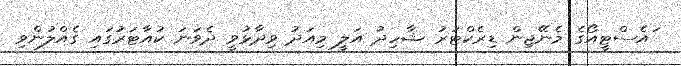
ައެސްޓީއޯގެ މެނޭޖިން ޑިރެކްޓަރު ޝާހިދު އަލީ މިއަދު ވިދާޅުވީ ދެވަނަ ކުއާޓަރުގައި ގެއްލުންވި